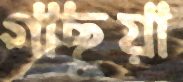
গাছুয়া